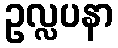
ဥလ္လပနာ